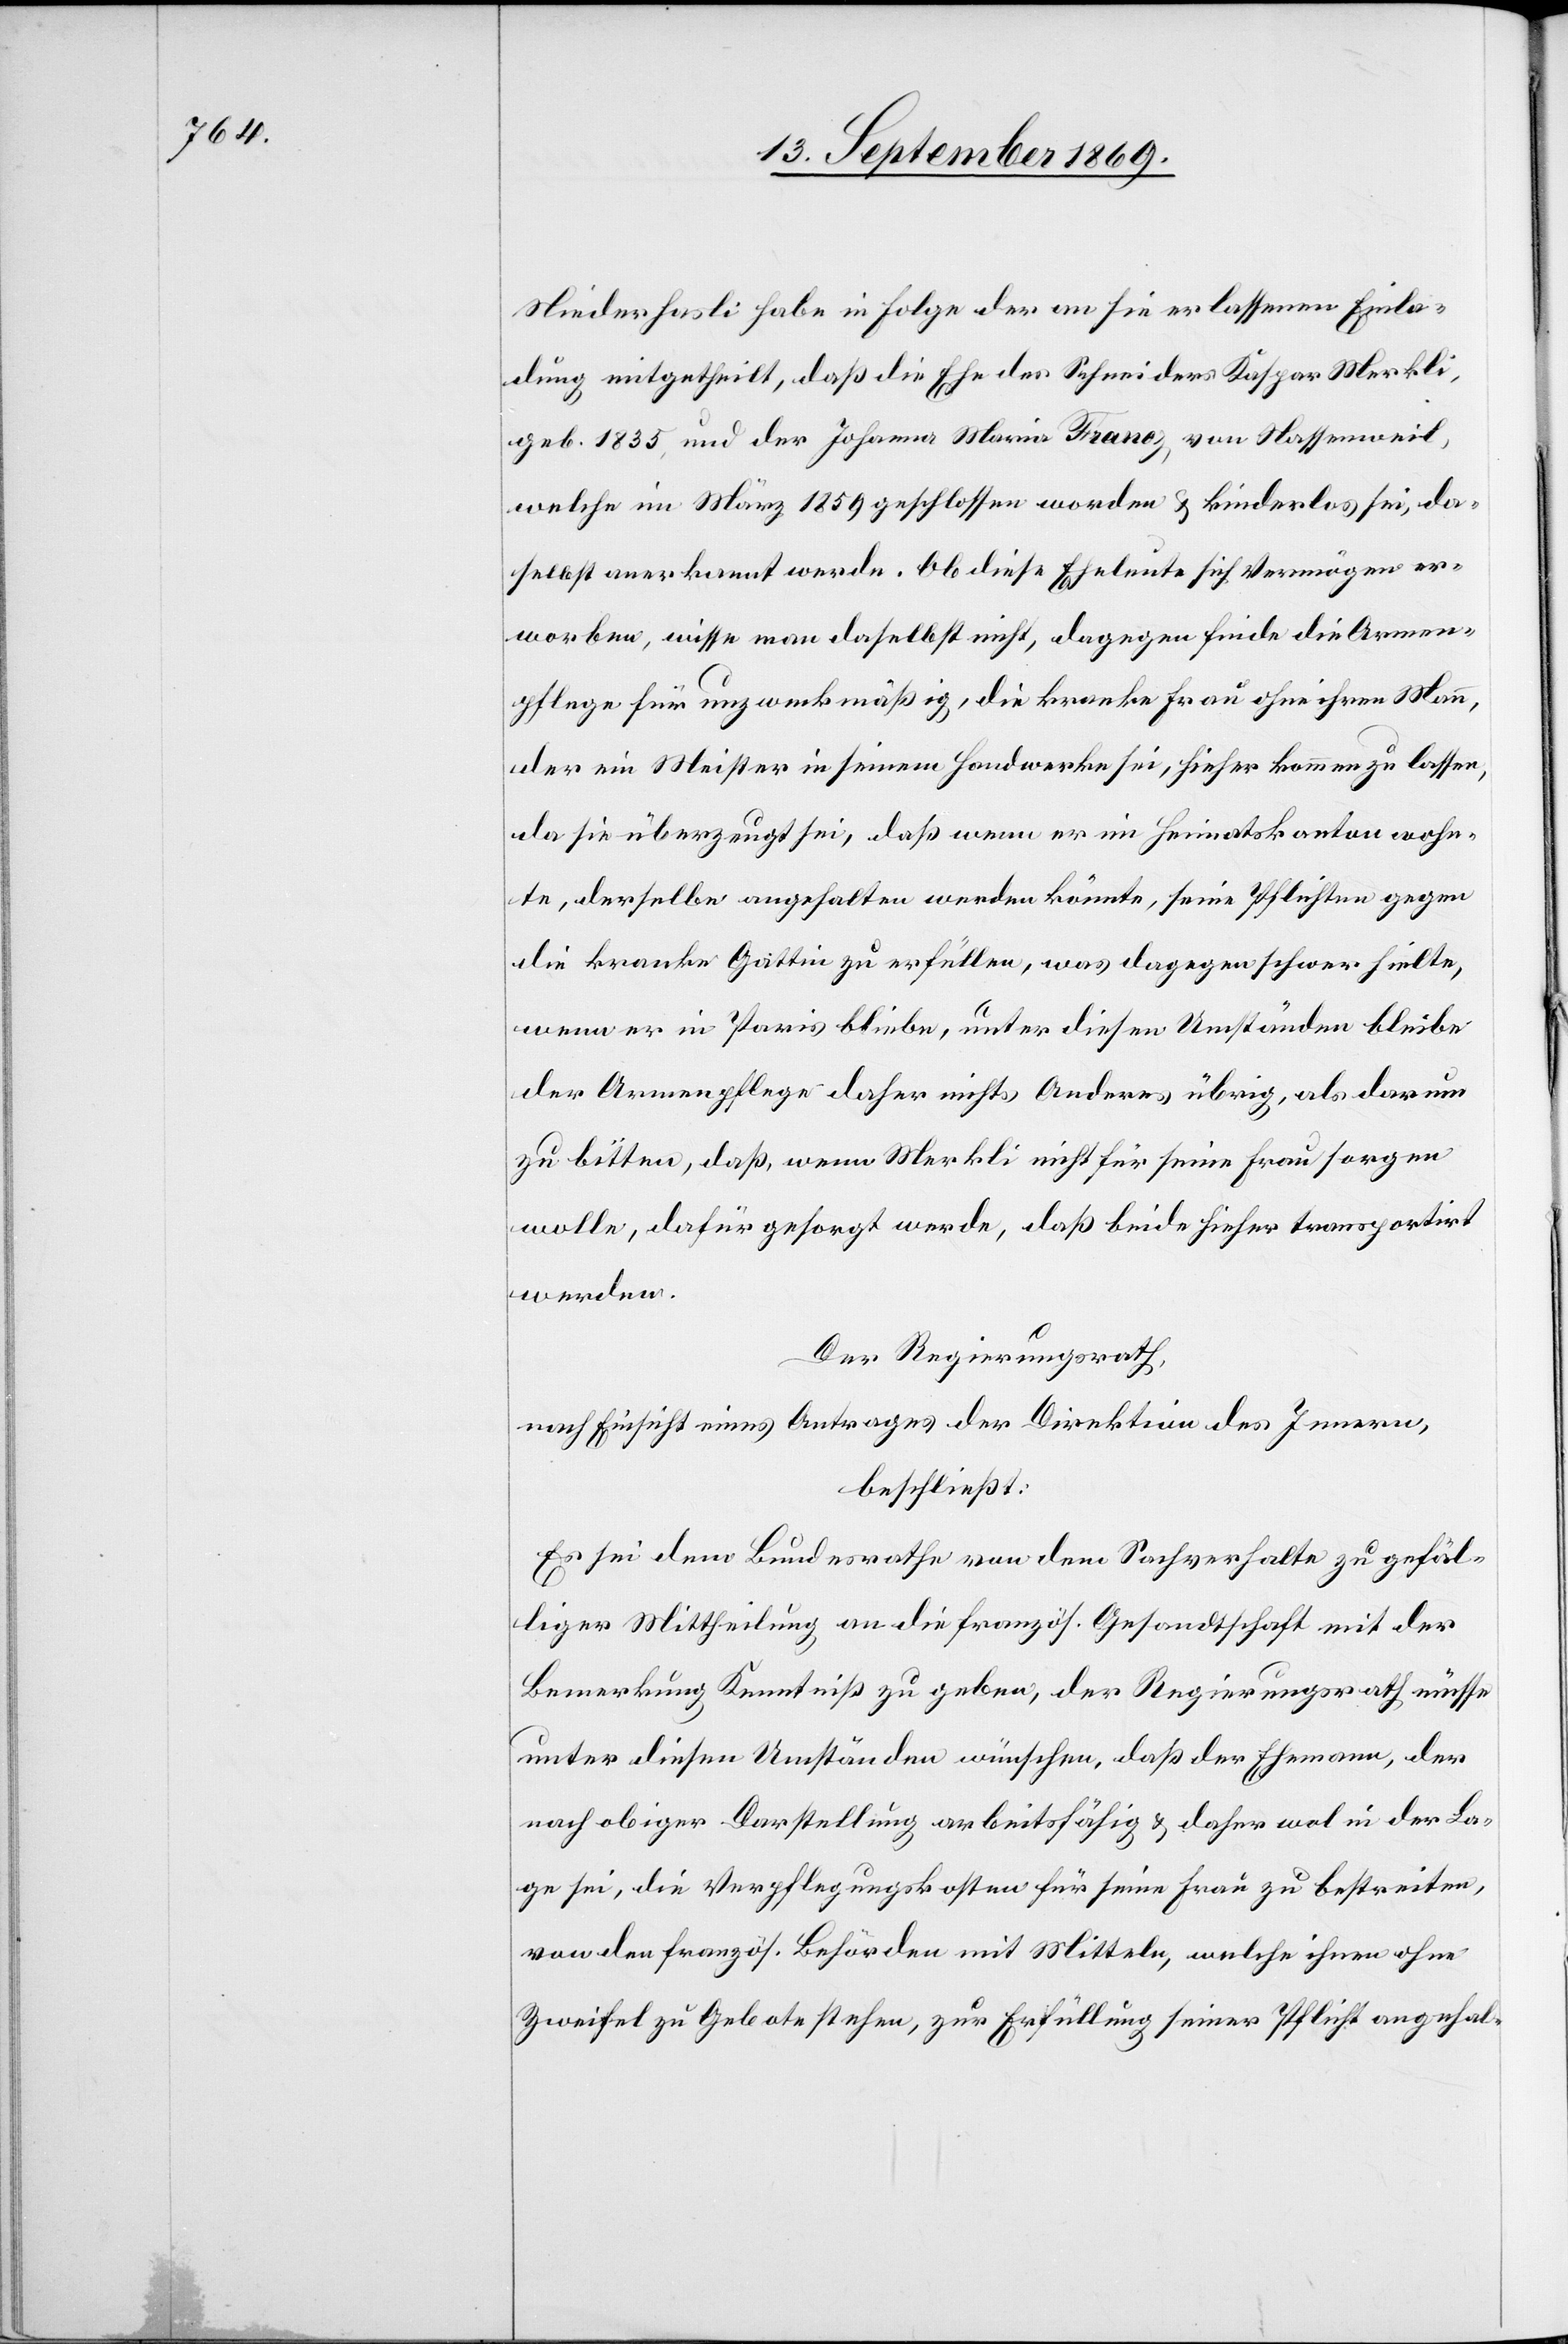
Niederhasli habe in Folge der an sie erlassenen Einla¬
dung mitgetheilt, daß die Ehe des Schneiders Kaspar Merkli,
geb. 1835, und der Johann Maria Franoz, von Nassenweil,
welche im März 1859 geschlossen worden & kinderlos sei, da¬
selbst anerkannt werde. Ob diese Eheleute sich Vermögen er¬
worben, wisse man daselbst nicht, dagegen finde die Armen¬
pflege für unzweckmäßig, die kranke Frau ohne ihren Mann,
der ein Meister in seinem Handwerke sei, hieher kommen zu lassen,
da sie überzeugt sei, daß wenn er im Heimatskanton wohn¬
te, derselbe angehalten werden könnte, seine Pflichten gegen
die kranke Gattin zu erfüllen, was dagegen schwer hielte,
wenn er in Paris bliebe, unter diesen Umständen bleibe
der Armenpflege daher nichts Anderes übrig, als darum
zu bitten, daß, wenn Merkli nicht für seine Frau sorgen
wolle, dafür gesorgt werde, daß beide hieher transportirt
werden.
Der Regierungsrath,
nach Einsicht eines Antrages der Direktion des Innern,
beschließt:
Es sei dem Bundesrathe von dem Sachverhalte zu gefäl¬
liger Mittheilung an die französ. Gesandtschaft mit der
Bemerkung Kenntniß zu geben, der Regierungsrath müsse
unter diesen Umständen wünschen, daß der Ehemann, der
nach obiger Darstellung arbeitsfähig & daher wol in der La¬
ge sei, die Verpflegungskosten für seine Frau zu bestreiten,
von den französ. Behörden mit Mitteln, welche ihnen ohne
Zweifel zu Gebote stehen, zur Erfüllung seiner Pflicht angehal-